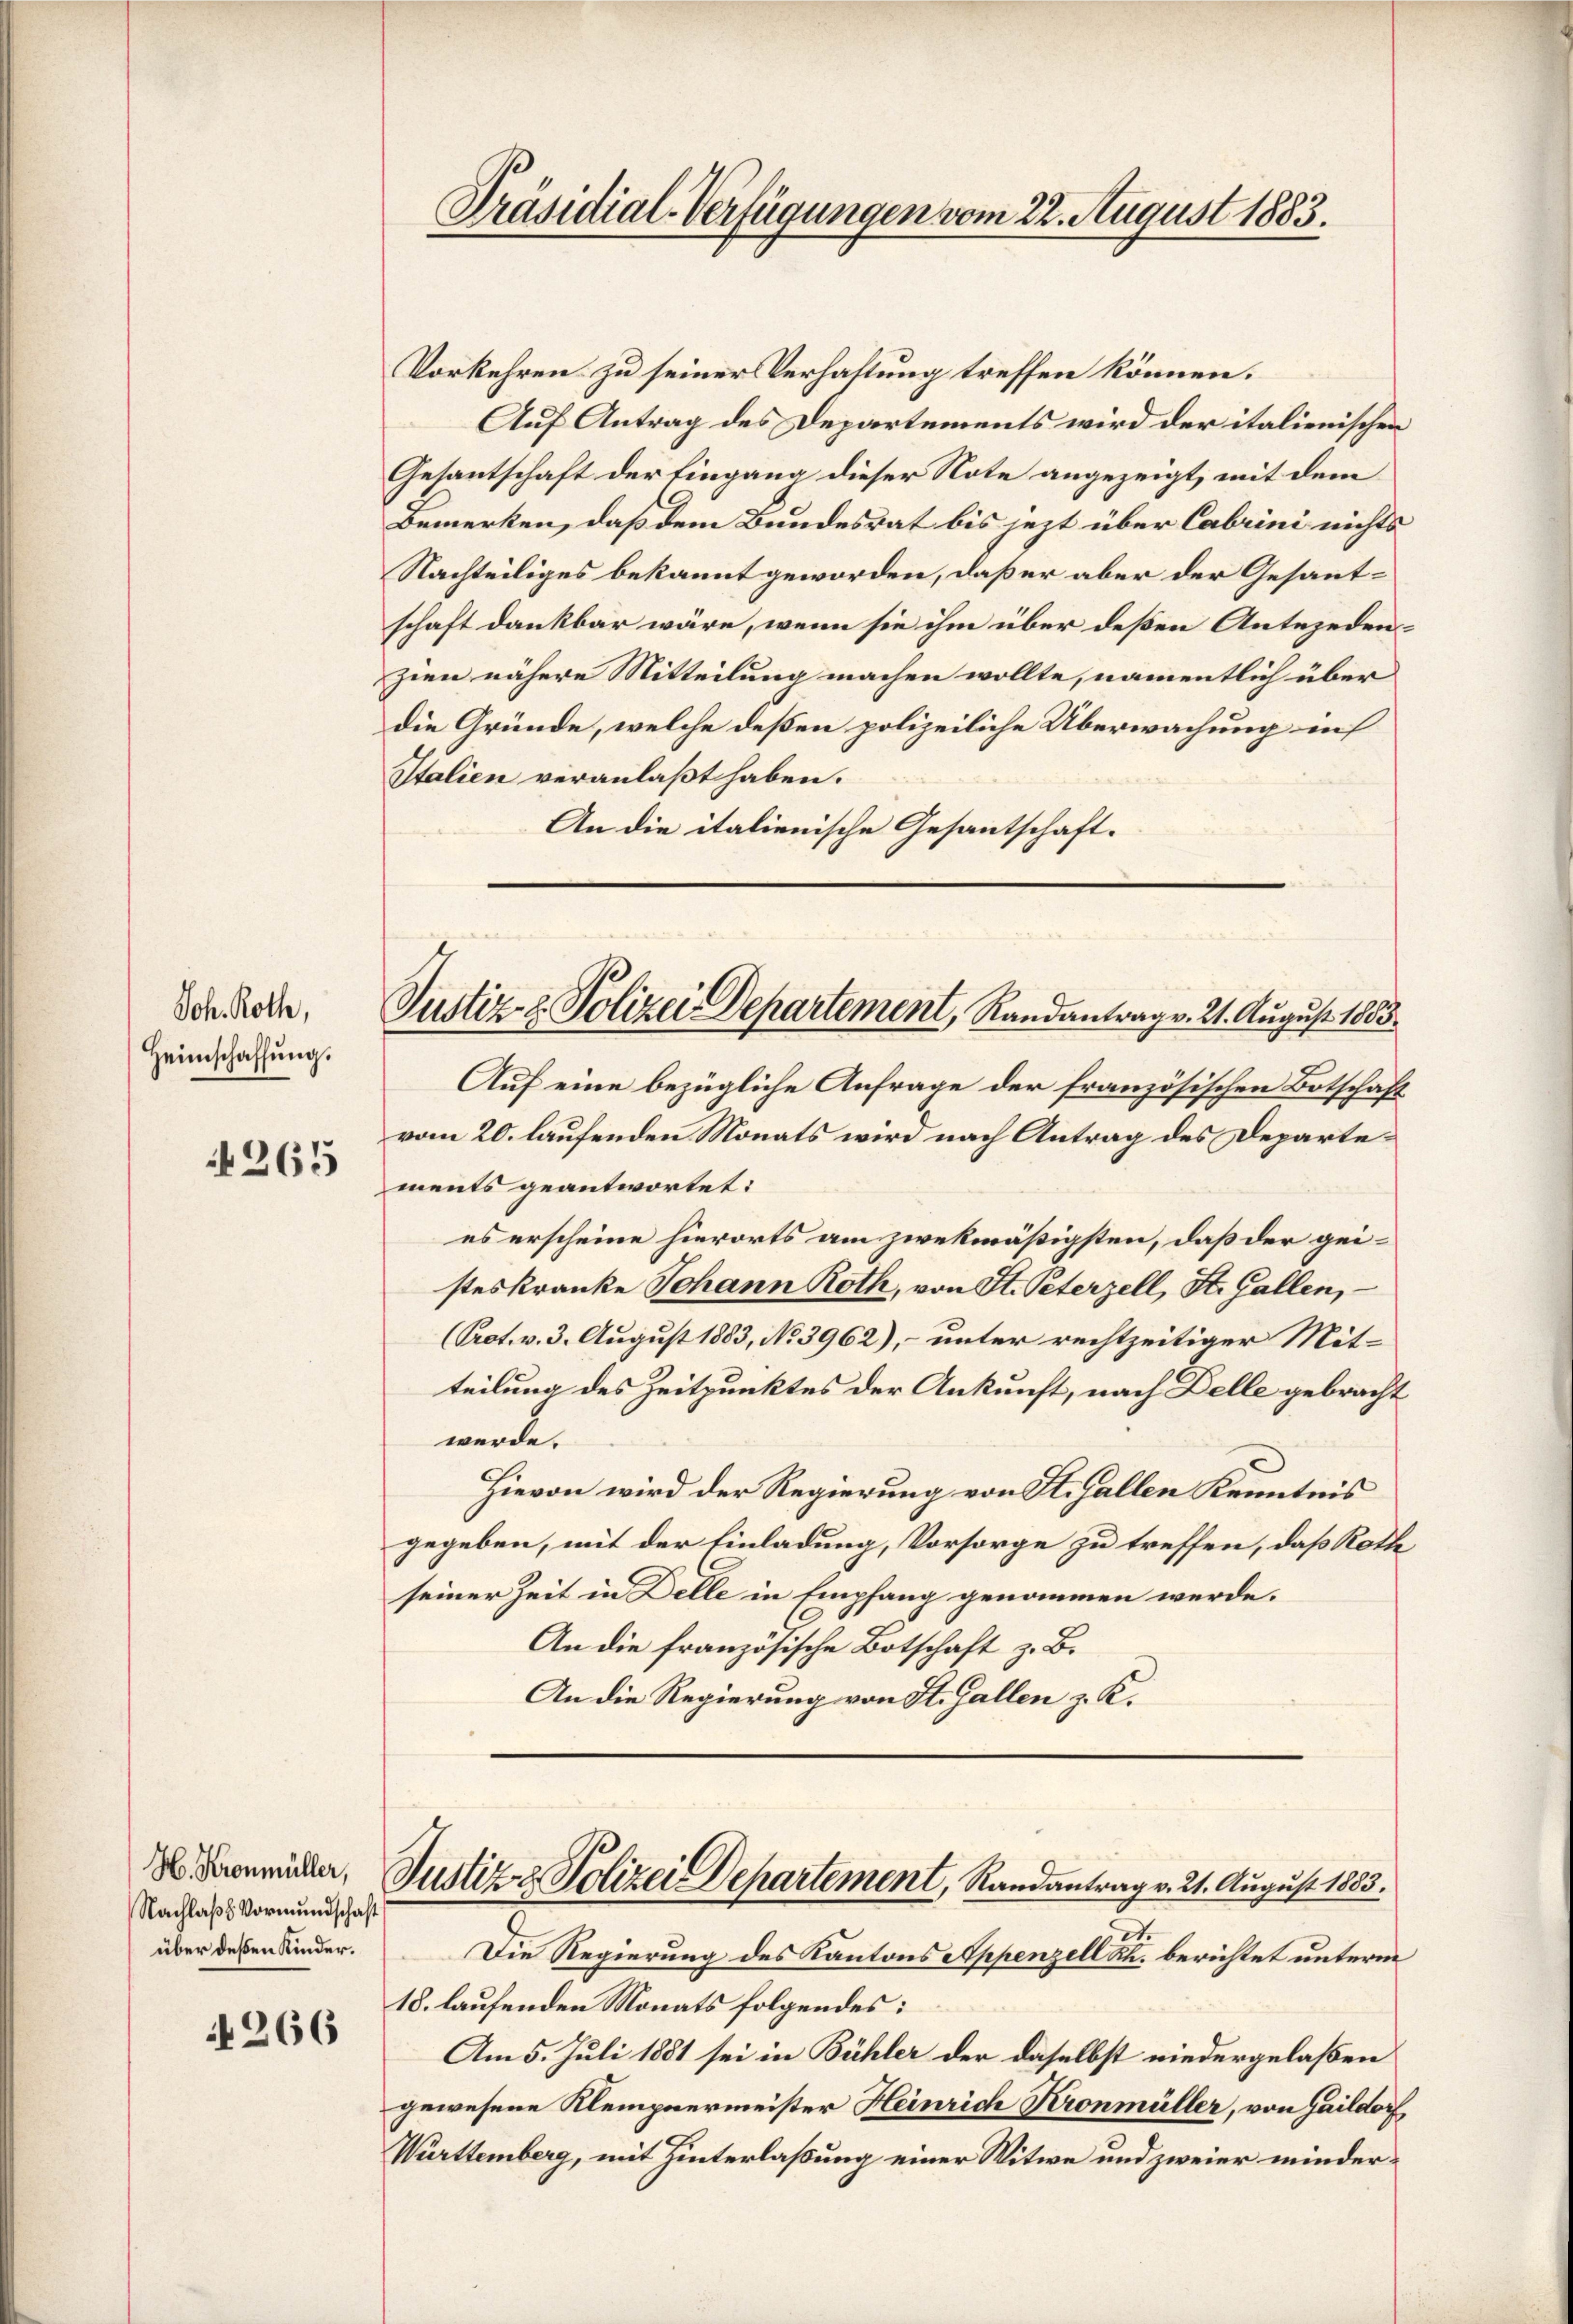
Joh. Roth,
Heimschaffŭng.

4265

H. Kronmüller,
Nachlaß Vormundschaft
über deßen Kinder.

266

Präsidial-Verfügungen vom 22. August 1883.

Vorkehren zu seiner Verhaftung treffen können.
Auf Antrag des Departements wird der italienischen
Gesantschaft der Eingang dieser Note angezeigt, mit dem
Bemerken, daß dem Bundesrat bis jezt über Cabrini nichts
Nachteiliges bekannt geworden, daß er aber der Gesantschaft dankbar wäre, wenn sie ihm über deßen Antezedenzien nähere Mitteilung machen wollte, namentlich über
die Gründe, welche deßen polizeiliche Überwachung in
Italien veranlaßt haben.
An die italienische Gesantschaft.

Justiz- & Polizei Departement, Randantrag v. 21. August 1883.

Justiz & Polizei Departement, Randantrag v. 21. August 1883.

Auf eine bezügliche Anfrage der französischen Botschäft
vom 20. laufenden Monats wird nach Antrag des Departements geantwortet:
es erscheine hierorts am zwekmäßigsten, daß der geisteskranke Johann Roth, von St. Peterzell, St. Gallen,
(Prot. v. 3. August 1883, No 3962), unter rechtzeitiger Mitteilung des Zeitpunktes der Ankunft, nach Delle gebracht
werde.
Hievon wird der Regierung von St. Gallen Kenntnis
gegeben, mit der Einladung, Vorsorge zu treffen, daß Rothe
seiner Zeit in Delle in Empfang genommen werde.
An die französische Botschaft z. B.
An die Regierung von St. Gallen z. K.

Die Regierung des Kantons Appenzell a. berichtet unterm
18. laufenden Monats folgendes:
Am 5. Juli 1881 sei in Bühler der daselbst niedergelaßen
gewesene Kleinpaermeister Heinrich Kronmüller, von Haildorf
Württemberg, mit Hinterlaßung einer Witwe und zweier minder¬